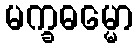
မက္ခဓမ္မော